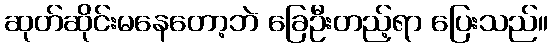
ဆုတ်ဆိုင်းမနေတော့ဘဲ ခြေဦးတည့်ရာ ပြေးသည်။